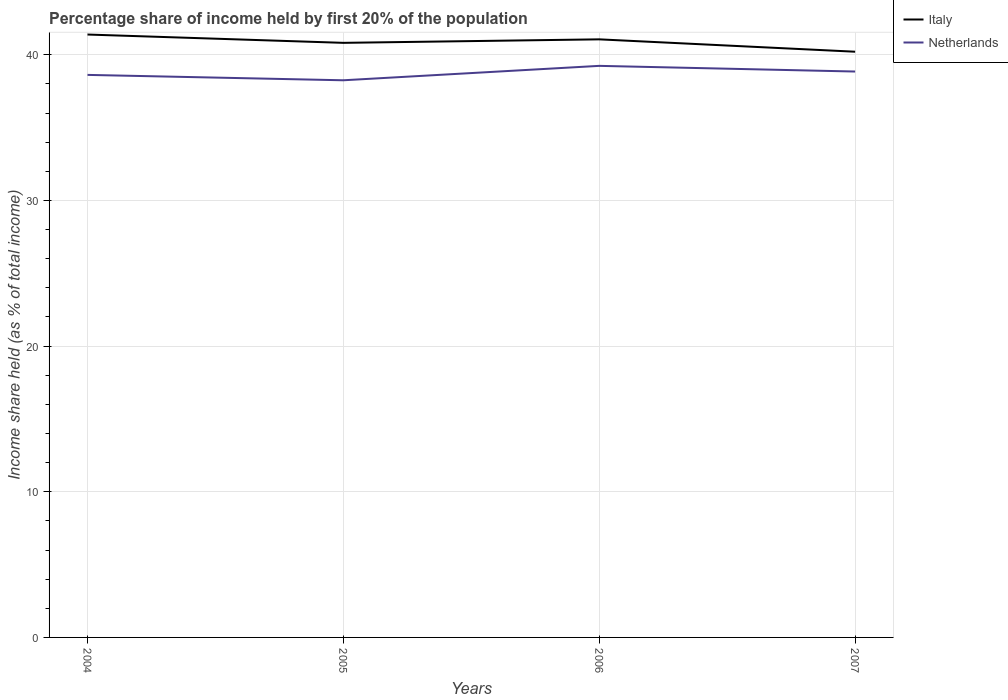
| Years | Italy | Netherlands |
 | --- | --- | --- |
 | 2004 | 41.4 | 38.6 |
 | 2005 | 40.8 | 38.2 |
 | 2006 | 41.1 | 39.2 |
 | 2007 | 40.2 | 38.9 |